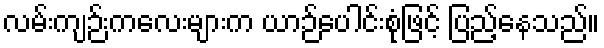
လမ်းကျဉ်းကလေးများက ယာဉ်ပေါင်းစုံဖြင့် ပြည့်နေသည်။